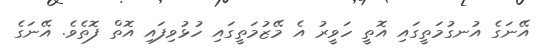
އޭނަގެ އުނގުމަތީގައި އޮތީ ހަވީރު އެ މޭޒުމަތީގައި ހުޅުވިފައި އޮތް ފޮތެވެ. އޭނަގެ